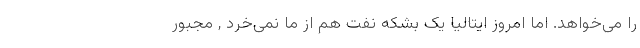
را می‌خواهد. اما امروز ایتالیا یک بشکه نفت هم از ما نمی‌خرد , مجبور